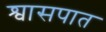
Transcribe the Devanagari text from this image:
श्वासपात